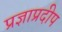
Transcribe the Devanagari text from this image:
प्रज्ञाप्रदीप